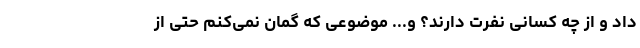
داد و از چه کسانی نفرت دارند؟ و... موضوعی که گمان نمی‌کنم حتی از